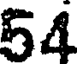
54